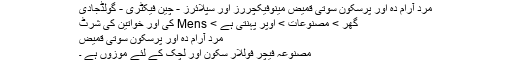
مرد آرام دہ اور پرسکون سوتی قمیض مینوفیکچررز اور سپلائرز - چین فیکٹری - گولڈجادی
گھر > مصنوعات > اوپر پہنتی ہے > Mens کی اور خواتین کی شرٹ
مرد آرام دہ اور پرسکون سوتی قمیض
مصنوعہ فیچر فوللار سکون اور لچک کے لئے موزوں ہے ۔